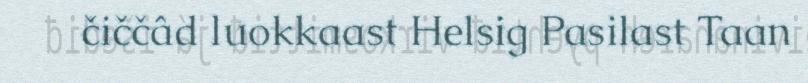
čiččâd luokkaast Helsig Pasilast Taan